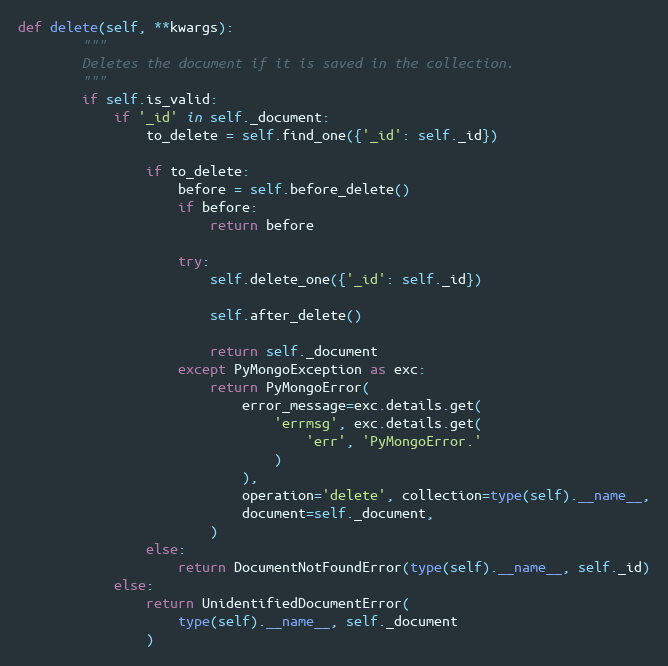
Language: Python
def delete(self, **kwargs):
        """
        Deletes the document if it is saved in the collection.
        """
        if self.is_valid:
            if '_id' in self._document:
                to_delete = self.find_one({'_id': self._id})

                if to_delete:
                    before = self.before_delete()
                    if before:
                        return before

                    try:
                        self.delete_one({'_id': self._id})

                        self.after_delete()

                        return self._document
                    except PyMongoException as exc:
                        return PyMongoError(
                            error_message=exc.details.get(
                                'errmsg', exc.details.get(
                                    'err', 'PyMongoError.'
                                )
                            ),
                            operation='delete', collection=type(self).__name__,
                            document=self._document,
                        )
                else:
                    return DocumentNotFoundError(type(self).__name__, self._id)
            else:
                return UnidentifiedDocumentError(
                    type(self).__name__, self._document
                )